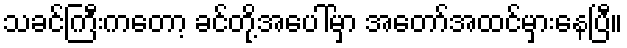
သခင်ကြီးကတော့ ခင်တို့အပေါ်မှာ အတော်အထင်မှားနေပြီ။